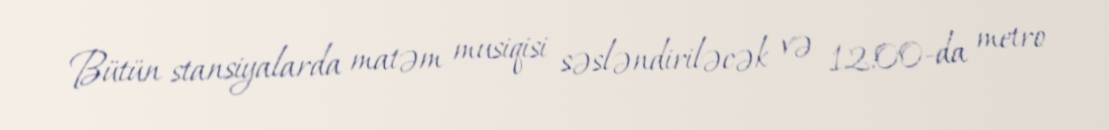
Bütün stansiyalarda matəm musiqisi səsləndiriləcək və 12:00-da metro